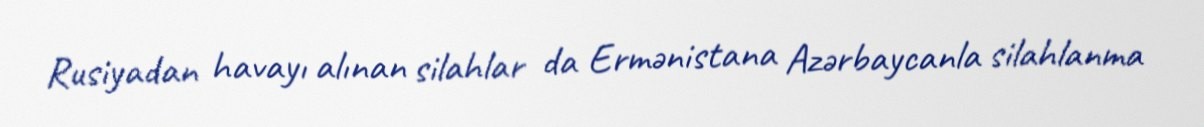
Rusiyadan havayı alınan silahlar da Ermənistana Azərbaycanla silahlanma